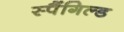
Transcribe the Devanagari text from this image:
स्पैंगिल्ड